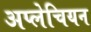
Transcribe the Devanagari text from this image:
अप्लेचियन